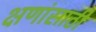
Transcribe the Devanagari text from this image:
क्षणांसाठी